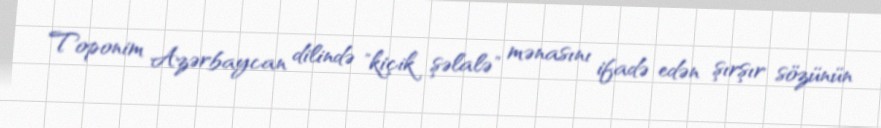
Toponim Azərbaycan dilində "kiçik şəlalə" mənasını ifadə edən şırşır sözünün